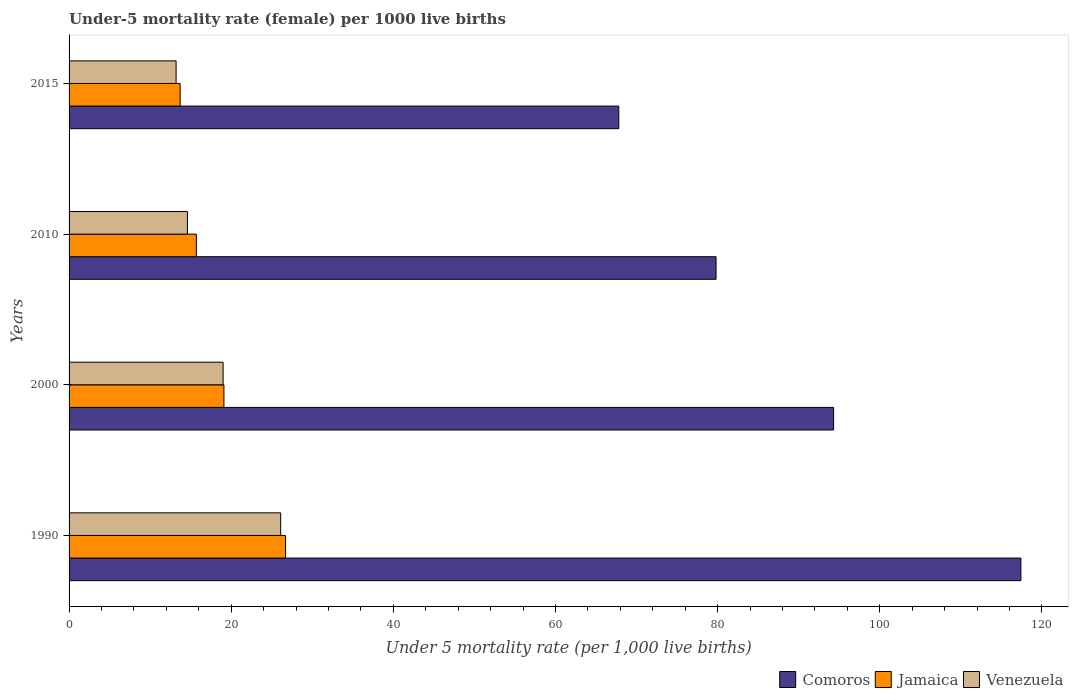
| Years | Comoros | Jamaica | Venezuela |
 | --- | --- | --- | --- |
 | 1990 | 117 | 26.7 | 26.1 |
 | 2000 | 94.3 | 19.1 | 19 |
 | 2010 | 79.8 | 15.7 | 14.6 |
 | 2015 | 67.8 | 13.7 | 13.2 |